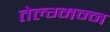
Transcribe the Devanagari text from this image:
तेल्ग्मन्न